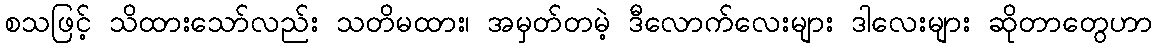
စသဖြင့် သိထားသော်လည်း သတိမထား၊ အမှတ်တမဲ့ ဒီလောက်လေးများ ဒါလေးများ ဆိုတာတွေဟာ